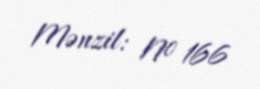
Mənzil: № 166